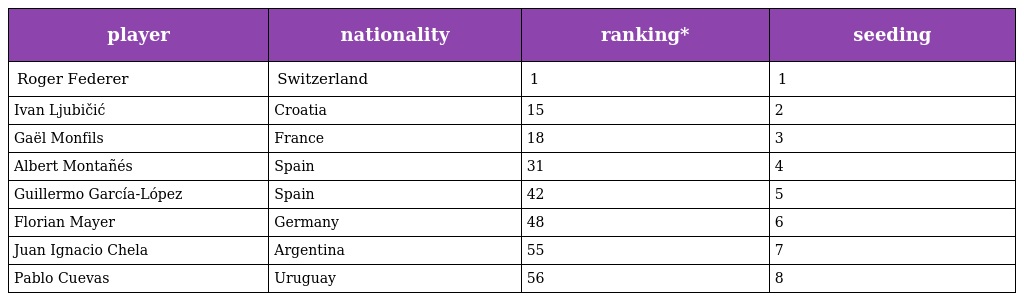
| player | nationality | ranking* | seeding |
 | --- | --- | --- | --- |
 | Roger Federer | Switzerland | 1 | 1 |
 | Ivan Ljubičić | Croatia | 15 | 2 |
 | Gaël Monfils | France | 18 | 3 |
 | Albert Montañés | Spain | 31 | 4 |
 | Guillermo García-López | Spain | 42 | 5 |
 | Florian Mayer | Germany | 48 | 6 |
 | Juan Ignacio Chela | Argentina | 55 | 7 |
 | Pablo Cuevas | Uruguay | 56 | 8 |